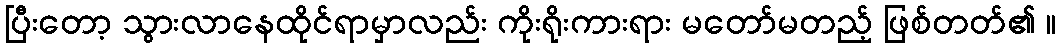
ပြီးတော့ သွားလာနေထိုင်ရာမှာလည်း ကိုးရိုးကားရား မတော်မတည့် ဖြစ်တတ်၏ ။